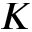
K